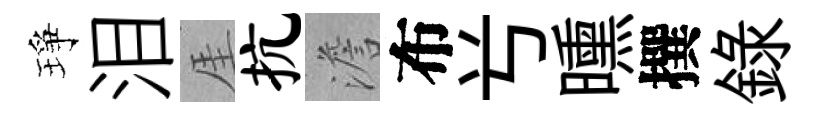
琤泪厓抗澹布𠔃曛撰錄